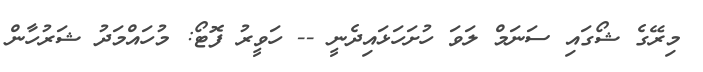
މިރޭގެ ޝޯގައި ސަނަމް ލަވަ ހުށަހަޅައިދެނީ -- ހަވީރު ފޮޓޯ: މުހައްމަދު ޝަރުހާން